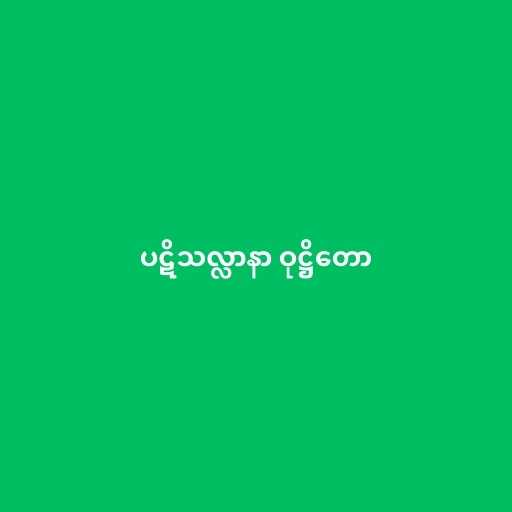
ပဋိသလ္လာနာ ဝုဋ္ဌိတော